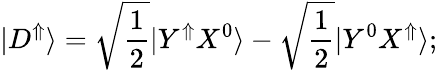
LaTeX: |D^{\Uparrow}\rangle=\sqrt{\frac{1}{2}}|Y^{\Uparrow}X^{0}\rangle-\sqrt{\frac{1}{2}}|Y^{0}X^{\Uparrow}\rangle;